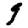
Digit: 9